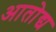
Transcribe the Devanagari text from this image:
आतोद्य